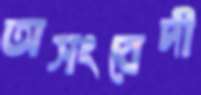
অসংবেদী